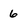
Character: 6